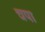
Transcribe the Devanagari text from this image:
चपा